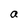
Character: a